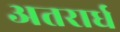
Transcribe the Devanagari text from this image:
अतरार्ध